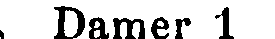
Damer 1